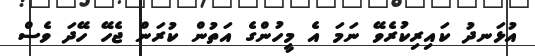
އުޅަނދު ކައިރިކުރެވޭ ނަމަ އެ މީހުންގެ އަތުން ކުރަން ޖެހޭ ހޭދަ ވެސް